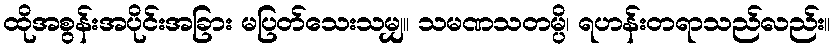
ထိုအစွန်းအပိုင်းအခြား မပြတ်သေးသမျှ။ သမဏသတမ္ပိ၊ ရဟန်းတရာသည်လည်း။